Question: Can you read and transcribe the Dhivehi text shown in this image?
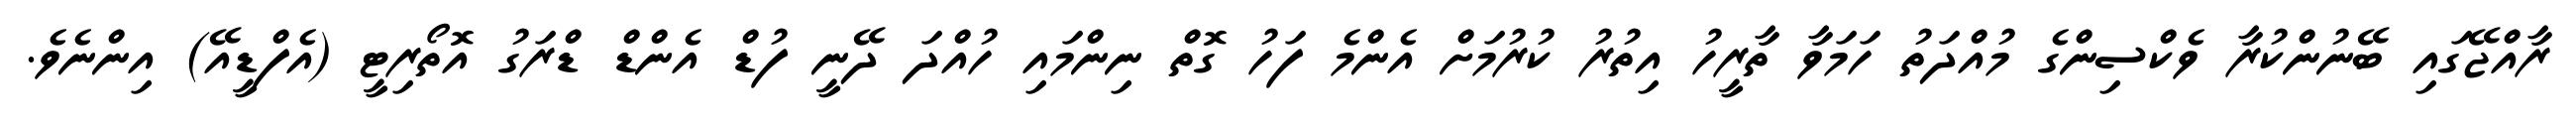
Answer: ރާއްޖޭގައި ބޭނުންކުރާ ވެކްސިންގެ މުއްދަތު ހަމަވާ ތާރީހު އިތުރު ކުރުމަށް އެންމެ ފަހު ގޮތް ނިންމައި ހުއްދަ ދޭނީ ފުޑް އެންޑް ޑްރަގު އޮތޯރިޓީ (އެފްޑީއޭ) އިންނެވެ.